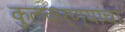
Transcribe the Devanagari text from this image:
कुलकर्ण्यांचा